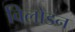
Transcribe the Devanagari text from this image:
विलोडन